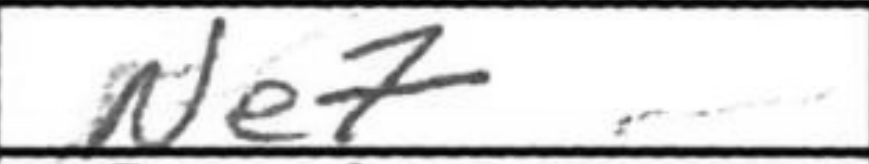
Transcription: Ne7